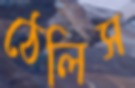
ঠেলিস